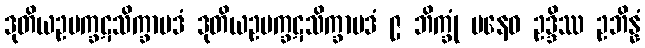
ဒုတိယဥပက္ခဋသိက္ခာပဒံ ဒုတိယဥပက္ခဋသိက္ခာပဒံ ၉ ဘိက္ခုံ ပနေဝ ဥဒ္ဒိဿ ဥဘိန္နံ